Vaccination United Provinces of Agra and Oudh 1902-1913 - 1902-1913
Year: 1902
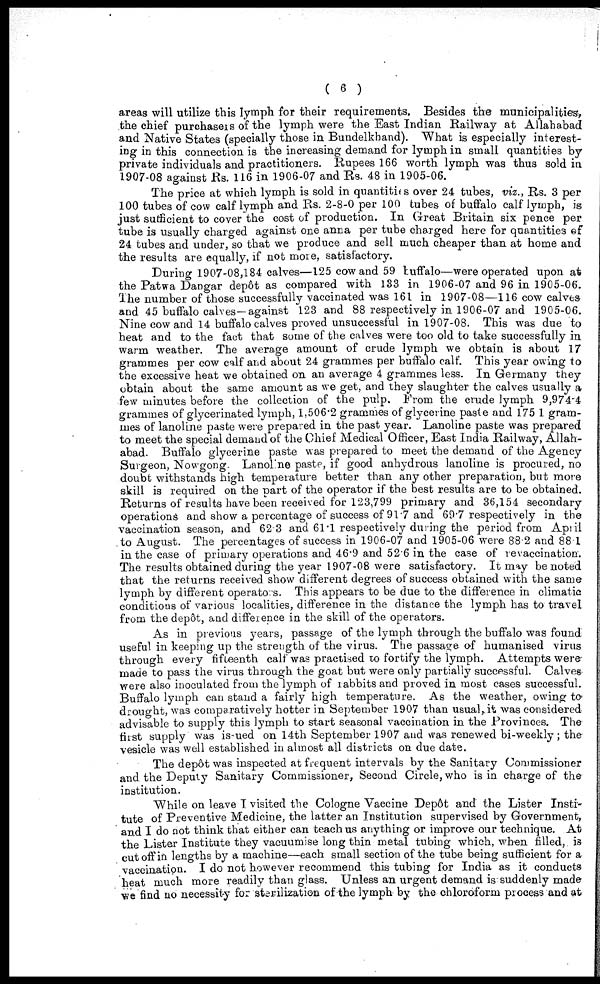
( 6 )
areas will utilize this lymph for their requirements. Besides the municipalities,
the chief purchasers of the lymph were the East Indian Railway at Allahabad
and Native States (specially those in Bundelkhand). What is especially interest-
ing in this connection is the increasing demand for lymph in small quantities by
private individuals and practitioners. Rupees 166 worth lymph was thus sold in
1907-08 against Rs. 116 in 1906-07 and Rs. 48 in 1905-06.
The price at which lymph is sold in quantities over 24 tubes, viz., Rs. 3 per
100 tubes of cow calf lymph and Rs. 2-8-0 per 100 tubes of buffalo calf lymph, is
just sufficient to cover the cost of production. In Great Britain six pence per
tube is usually charged against one anna per tube charged here for quantities of
24 tubes and under, so that we produce and sell much cheaper than at home and
the results are equally, if not more, satisfactory.
During 1907-08,184 calves—125 cow and 59 buffalo—were operated upon at
the Patwa Dangar depôt as compared with 133 in 1906-07 and 96 in 1905-06.
The number of those successfully vaccinated was 161 in 1907-08—116 cow calves
and 45 buffalo calves—against 123 and 88 respectively in 1906-07 and 1905-06.
Nine cow and 14 buffalo calves proved unsuccessful in 1907-08. This was due to
heat and to the fact that some of the calves were too old to take successfully in
warm weather. The average amount of crude lymph we obtain is about 17
grammes per cow calf and about 24 grammes per buffalo calf. This year owing to
the excessive heat we obtained on an average 4 grammes less. In Germany they
obtain about the same amount as we get, and they slaughter the calves usually a
few minutes before the collection of the pulp. From the crude lymph 9,974-4
grammes of glycerinated lymph, 1,506.2 grammes of glycerine paste and 175 1 gram-
mes of lanoline paste were prepared in the past year. Lanoline paste was prepared
to meet the special demand of the Chief Medical Officer, East India Railway, Allah-
abad. Buffalo glycerine paste was prepared to meet the demand of the Agency
Surgeon, Nowgong. Lanoline paste, if good anhydrous lanoline is procured, no
doubt withstands high temperature better than any other preparation, but more
skill is required on the part of the operator if the best results are to be obtained.
Returns of results have been received for 123,799 primary and 36,154 secondary
operations and show a percentage of success of 91.7 and 69.7 respectively in the
vaccination season, and 62.3 and 61.1 respectively during the period from April
to August. The percentages of success in 1906-07 and 1905-06 were 88.2 and 88.1
in the case of primary operations and 46.9 and 52.6 in the case of revaccination.
The results obtained during the year 1907-08 were satisfactory. It may be noted
that the returns received show different degrees of success obtained with the same
lymph by different operators. This appears to be due to the difference in climatic
conditions of various localities, difference in the distance the lymph has to travel
from the depôt, and difference in the skill of the operators.
As in previous years, passage of the lymph through the buffalo was found
useful in keeping up the strength of the virus. The passage of humanised virus
through every fifteenth calf was practised to fortify the lymph. Attempts were*
made to pass the virus through the goat but were only partially successful. Calves-
were also inoculated from the lymph of rabbits and proved in most cases successful.
Buffalo lymph can stand a fairly high temperature. As the weather, owing to
drought, was comparatively hotter in September 1907 than usual, it was considered
advisable to supply this lymph to start seasonal vaccination in the Provinces. The
first supply was issued on 14th September 1907 and was renewed bi-weekly; the
vesicle was well established in almost all districts on due date.
The depôt was inspected at frequent intervals by the Sanitary Commissioner
and the Deputy Sanitary Commissioner, Second Circle, who is in charge of the
institution.
While on leave I visited the Cologne Vaccine Depôt and the Lister Insti-
tute of Preventive Medicine, the latter an Institution supervised by Government,
and I do not think that either can teach us anything or improve our technique. At
the Lister Institute they vacuumise long thin metal tubing which, when filled, is
cut off in lengths by a machine—each small section of the tube being sufficient for a
vaccination. I do not however recommend this tubing for India as it conducts
heat much more readily than glass. Unless an urgent demand is suddenly made
we find no necessity for sterilization of the lymph by the chloroform process and at